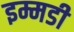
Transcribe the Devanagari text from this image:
इम्मडी